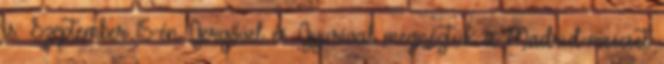
is. Szeptember 15-én Gergővel és Gyurival megnéztük a Madrid-meccset